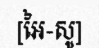
[អៃ-សូ]